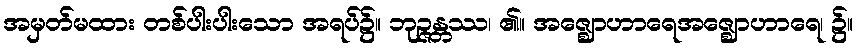
အမှတ်မထား တစ်ပါးပါးသော အရပ်၌။ ဘုဉ္ဇန္တဿ၊ ၏။ အဇ္ဈောဟာရေအဇ္ဈောဟာရေ၊ ၌။